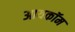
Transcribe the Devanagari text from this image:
आयकॉम